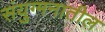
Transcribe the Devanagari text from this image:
संयुग्मनातील